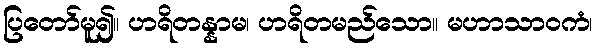
ပြတော်မူ၍။ ဟရိတန္နာမ၊ ဟရိတမည်သော။ မဟာသာဝကံ၊